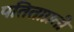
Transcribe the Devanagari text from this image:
पतिताप्रती